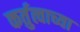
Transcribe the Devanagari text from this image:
कर्तुत्वाच्या